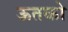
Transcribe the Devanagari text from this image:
ऊतको